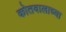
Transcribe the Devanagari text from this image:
कोतवालाच्या